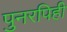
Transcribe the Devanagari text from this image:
पुनरपिही